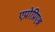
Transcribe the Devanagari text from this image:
एप्रोप्रिएश्न